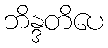
ဘိန္ဒတိပေ